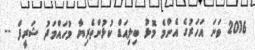
2016 ވަނަ އަހަރުގެ އެންމެ މޮޅު ބިލިއަޑް ކުޅުންތެރިޔާ މުހައްމަދު ޝަރީފް --